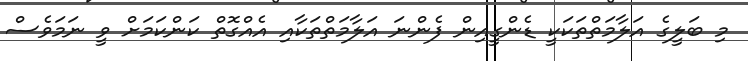
މި ބަލީގެ އަލާމަތްތަކަކީ ޑެންގީއިން ފެންނަ އަލާމަތްތަކާއި އެއްގޮތް ކަންކަމަށް ވީ ނަމަވެސް